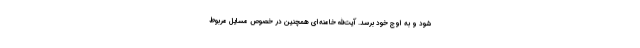
شود و به اوج خود برسد. آیت‌الله خامنه‌ای همچنین در خصوص مسایل مربوط